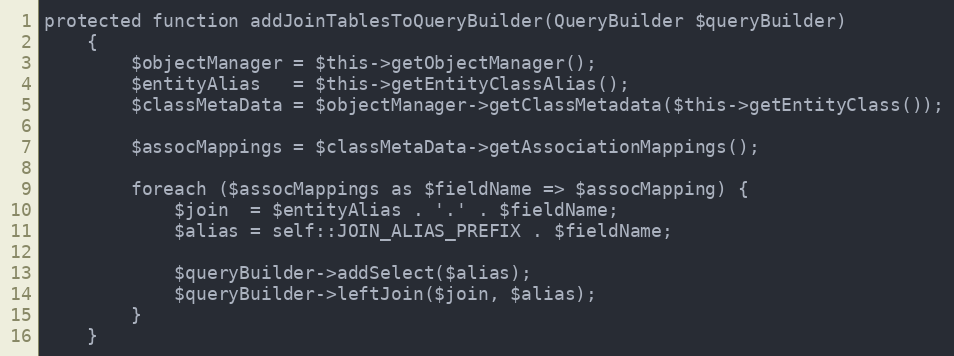
Language: PHP
protected function addJoinTablesToQueryBuilder(QueryBuilder $queryBuilder)
    {
        $objectManager = $this->getObjectManager();
        $entityAlias   = $this->getEntityClassAlias();
        $classMetaData = $objectManager->getClassMetadata($this->getEntityClass());

        $assocMappings = $classMetaData->getAssociationMappings();

        foreach ($assocMappings as $fieldName => $assocMapping) {
            $join  = $entityAlias . '.' . $fieldName;
            $alias = self::JOIN_ALIAS_PREFIX . $fieldName;

            $queryBuilder->addSelect($alias);
            $queryBuilder->leftJoin($join, $alias);
        }
    }